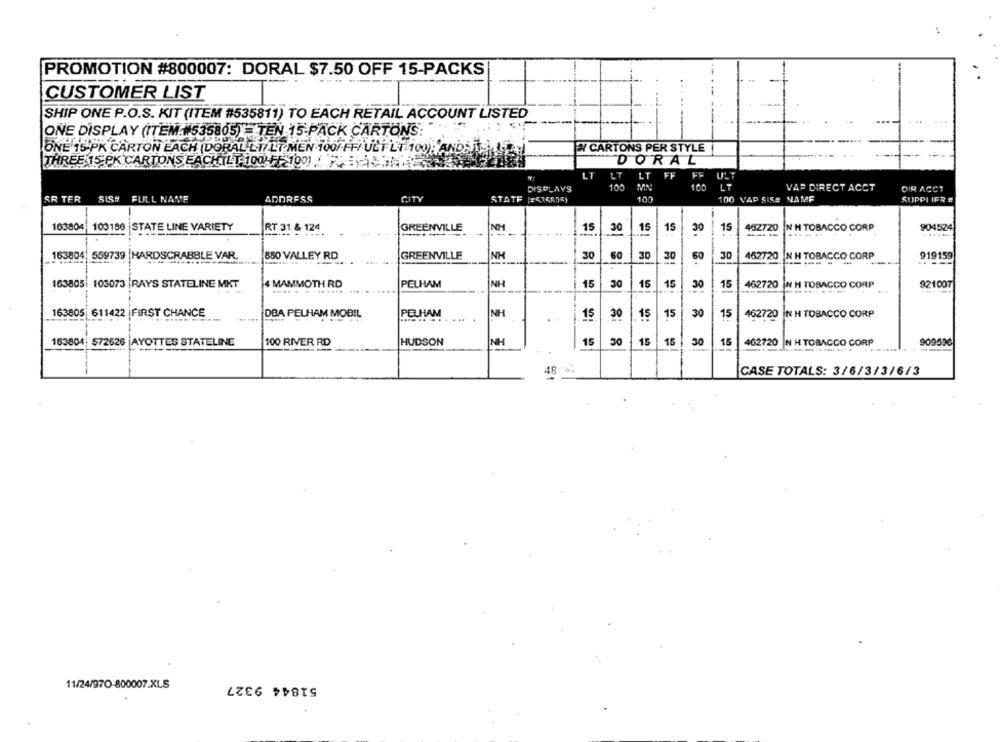
PROMOTION #800007: DORAL $7.50 OFF 15-PACKS
CUSTOMER LIST
SHIP ONE P.O.S. KIT (ITEM #535811) TO EACH RETAIL ACCOUNT LISTED
ONE DISPLAY (ITEM #535805) - TEN 15 PACK CARTONS:
ONE 15-PK CARTON EACH (DORAL LT/LT MEN 100/FF/ ULT-LT 100); ANDSI.
# CARTONS PER STYLE
THREE 15 PK CARTONS EACHTLT 100 FF-1
DORAL
LT
LT
LT
FF
ULT
100
LT
DISPLAYS
100
VAP DIRECT ACCT
DIR ACCT
SR TER
SISH
FULL NAME
ADDRESS
STATE [ =< IR06)
100
100 VAP SISA NAMF
SUPPI IFR E
103804
103186 |STATE LINE VARIETY
RT 31 & 124
GREENVILLE
NH
15
30
15
15
30
15
452720 N H TOBACCO CORP
904524
---
09
163804, 559739 HARDSCRABBLE VAR.
850 VALLEY RD
GREENVILLE
NH
30
30
30
60
30
462720 |N H TOBACCO CORP
919159
4 MAMMOTH RD
NH
15
921007
163805| 103073 |RAYS STATELINE MKT
PELHAM
15
30
15
30
15
462720 IN H TOBACCO CORP
163805 611422 FIRST CHANCE
NH
DBA PELHAM MOBIL
PELHAM
15
30
15
15
30
15
462720 IN H TOBACCO CORP
OC
163604: 572626 AYOTTES STATELINE
100 RIVER RD
HUDSON
NH
15
15
15
462720 N H TOBACCO CORP
909596
15
30
CASE TOTALS: 3/6/3/3/6/3
51844 9327
11/24/970-800007.XLS